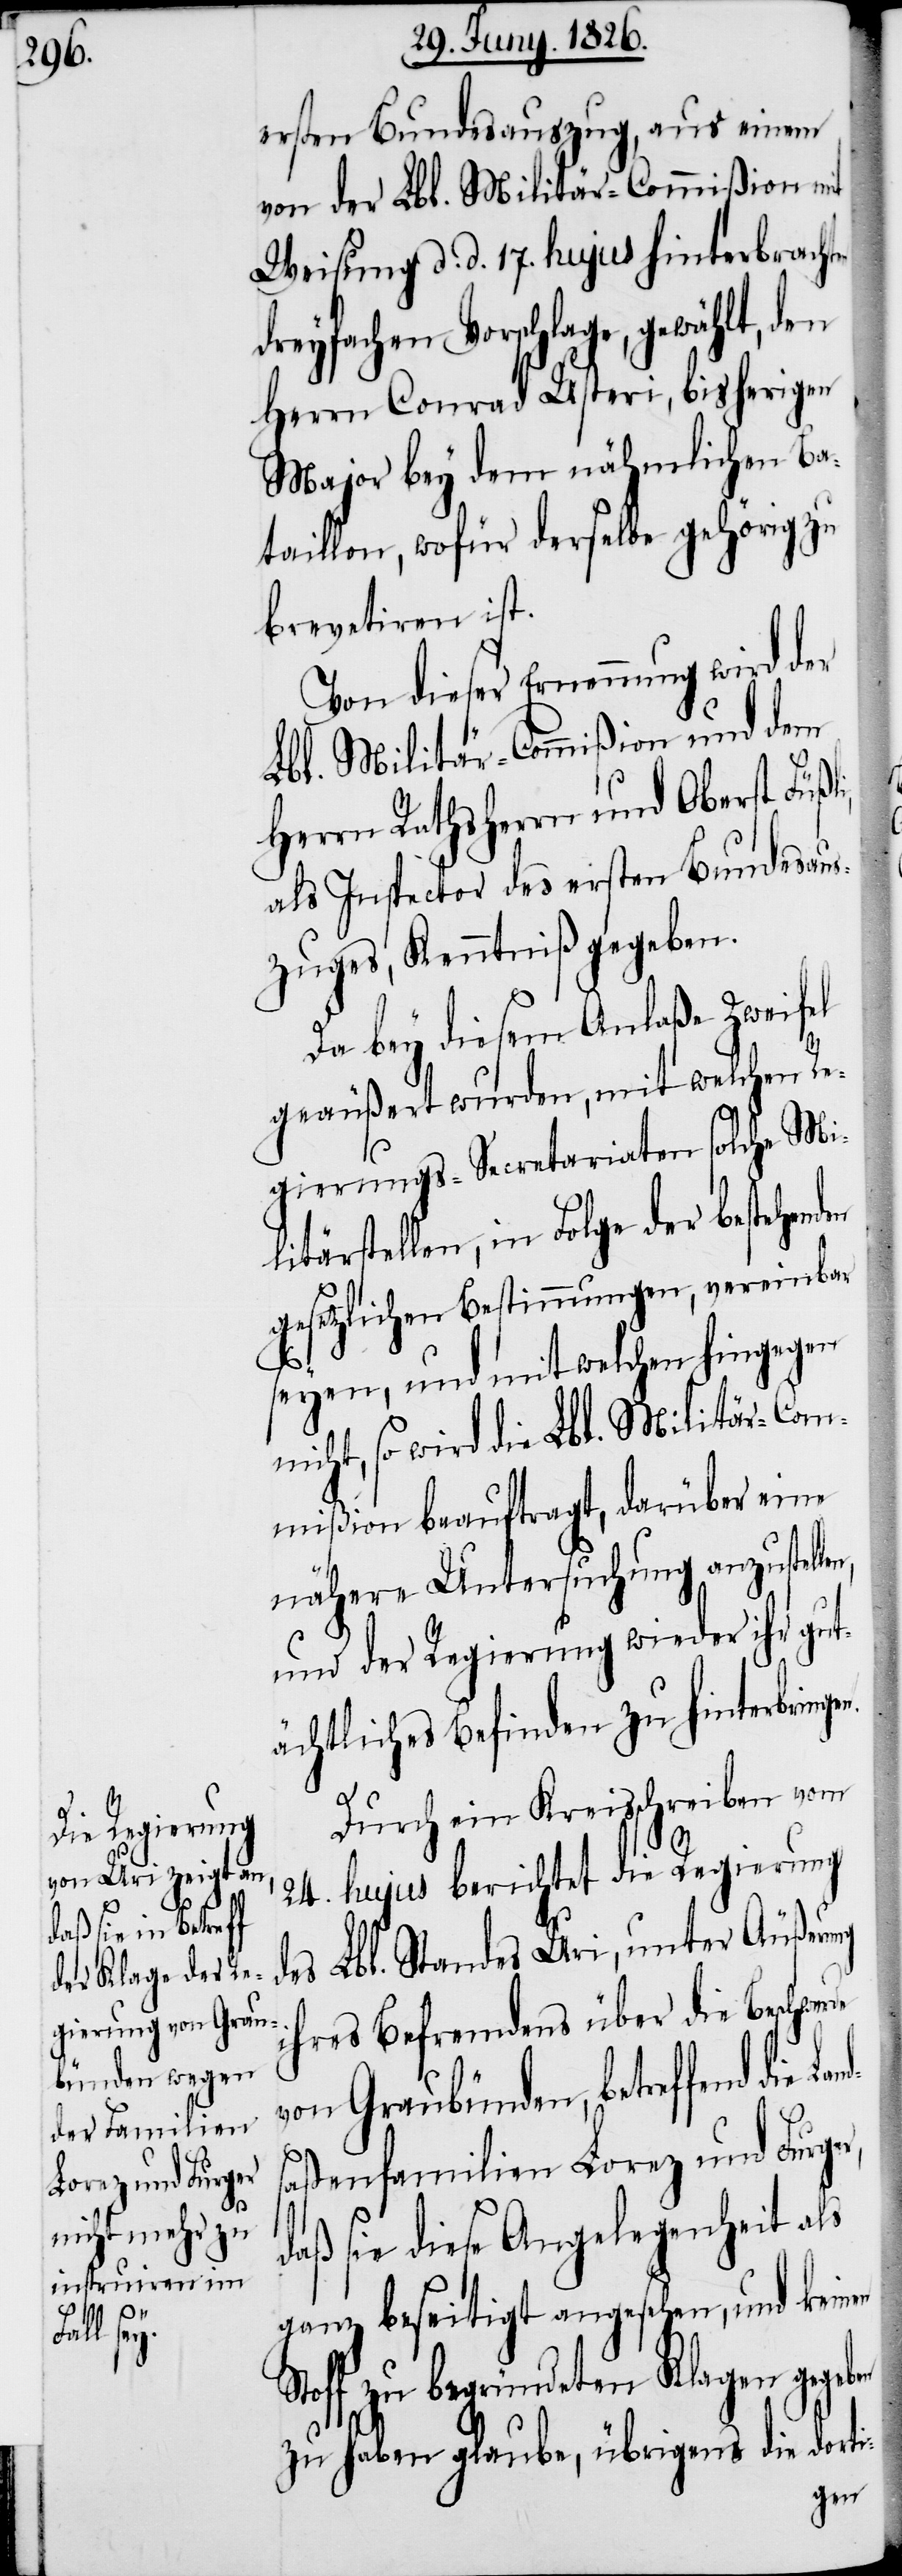
S¬
i-
ung ih¬

ersten Bundesauszug, aus einem
von der Lbl. Militär-Commißion mit
Weisung d. d. 17. hujus hinterbrachten
dreyfachen Vorschlage, gewählt, den
Herrn Conrad Usteri, bisherigen
Major bey dem nähmlichen Ba¬
taillon, wofür derselbe gehörig zu
brevetiren ist.
Von dieser Ernennung wird der
Lbl. Militär-Commißion und dem
Herrn Rathsherrn und Oberst Füßl¬
als Inspector des ersten Bundesaus¬
zuges, Kenntniß gegeben.
Da bey diesem Anlaße Zweifel
geäußert wurden, mit welchen Re¬
gierungs-Secretariaten solche Mi¬
litärstellen, in Folge der bestehenden
gesetzlichen Bestimmungen, vereinbar
seyen, und mit welchen hingegen
nicht, so wird die Lbl. Militär-Com¬
mißion beauftragt, darüber eine
nähere Untersuchung anzustell¬
und der Regierung wieder ihr gut¬
ächtliches Befinden zu hinterbringe¬
Durch ein Kreisschreiben vom
24. hujus berichtet die Regierung
des Lbl. Standes Uri, unter Äußer¬
res Befremdens über die Beschwe¬
von Graubünden, betreffend die L¬
saßenfamilien Lorez und Furger,
daß sie diese Angelegenheit als
ganz beseitigt angesehen, und keinen
toff zu begründeten Klagen gegeb¬
zu haben glaube, übrigens die dort¬